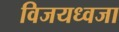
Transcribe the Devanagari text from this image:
विजयध्वजा